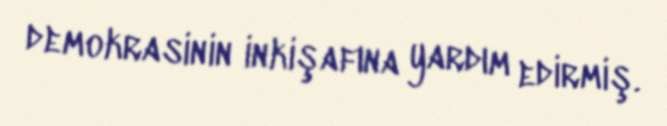
demokrasinin inkişafına yardım edirmiş.